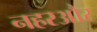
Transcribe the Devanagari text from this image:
नहरऔर